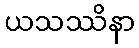
ယသဿိနာ